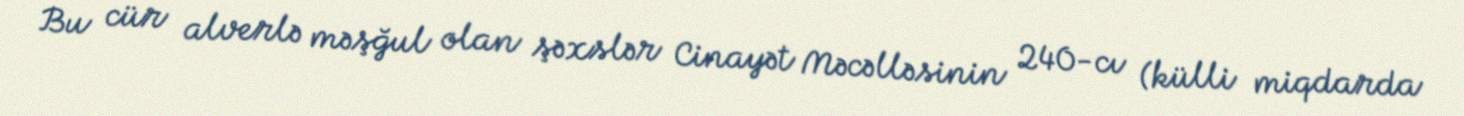
Bu cür alverlə məşğul olan şəxslər Cinayət Məcəlləsinin 240-cı (külli miqdarda